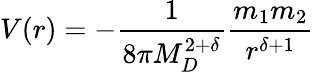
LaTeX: V(r)=-\frac{1}{8\pi M_{D}^{2+\delta}}\frac{m_{1}m_{2}}{r^{\delta+1}}